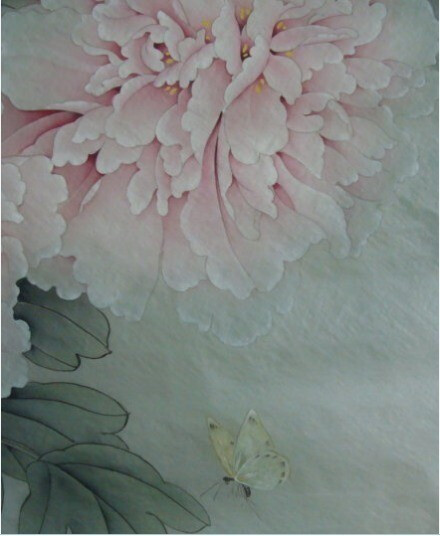
墙里秋千墙外道。墙外行人，墙里佳人笑。